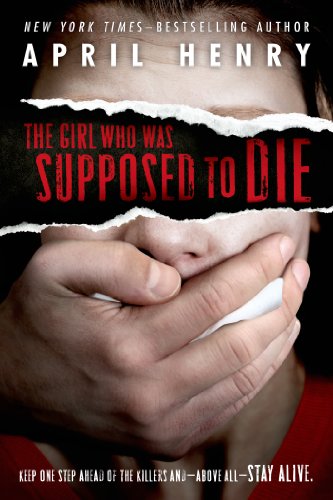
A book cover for The Girl Who Was Supposed to Die; April Henry; Teen & Young Adult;